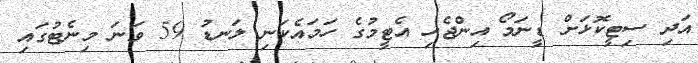
އަދި ސިޓީކޮޅަށް ޑީނަމޯ އިންޖެހި އެޓީމުގެ ހަމައެކަނި ލަނޑު 59 ވަނަ މިނެޓުގައި